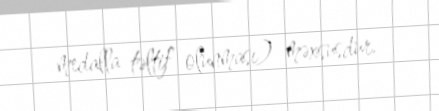
medalla təltif olunması) məxsusdur.